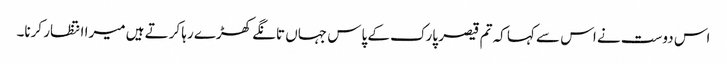
اس دوست نے اس سے کہا کہ تم قیصر پارک کے پاس جہاں تانگے کھڑے رہا کرتے ہیں میرا انتظار کرنا۔